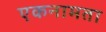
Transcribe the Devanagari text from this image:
एकनामता